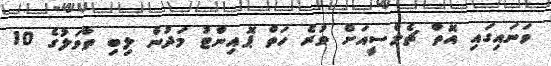
ވަނައިގައި އޮތް ޗެލްސީއަށް ވުރެ ހަތް ޕޮއިންޓު މަދުން ލިބި ތާވަލުގެ 10